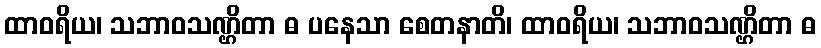
ထာဝရိယ၊ သဘာဝသဏ္ဌိတာ ဓ ပနေသာ စေတနာတိ၊ ထာဝရိယ၊ သဘာဝသဏ္ဌိတာ ဓ